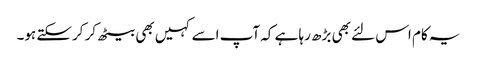
یہ کام اس لئے بھی بڑھ رہا ہے کہ آپ اسے کہیں بھی بیٹھ کر کرسکتے ہو۔